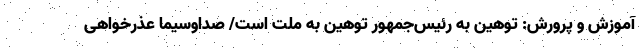
آموزش و پرورش: توهین به رئیس‌جمهور توهین به ملت است/ صداوسیما عذرخواهی